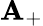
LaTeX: \mathbf{A}_{+}